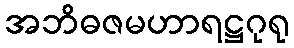
အဘိဓဇမဟာရဋ္ဌဂုရု